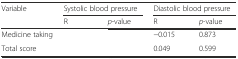
<table><thead><tr><td rowspan="2"><b>Variable</b></td><td colspan="2"><b>Systolic blood pressure</b></td><td colspan="2"><b>Diastolic blood pressure</b></td></tr><tr><td><b>R</b></td><td><b><i>p</i>-value</b></td><td><b>R</b></td><td><b><i>p</i>-value</b></td></tr></thead><tbody><tr><td>Medicine taking</td><td>[EMPTY_CELL]</td><td>[EMPTY_CELL]</td><td>−0.015</td><td>0.873</td></tr><tr><td>Total score</td><td>[EMPTY_CELL]</td><td>[EMPTY_CELL]</td><td>0.049</td><td>0.599</td></tr></tbody></table>